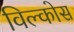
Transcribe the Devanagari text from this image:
विल्कोस